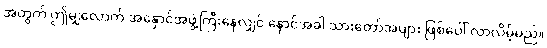
အတွက် ဤမျှလောက် အနှောင်အဖွဲ့ကြီးနေလျှင် နောင်အခါ သားတော်အများ ဖြစ်ပေါ် လာလိမ့်မည်။